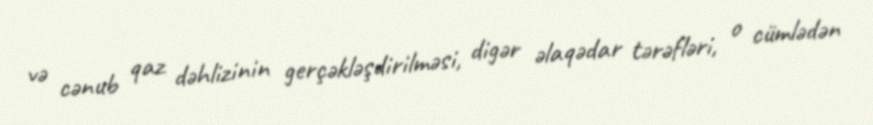
və cənub qaz dəhlizinin gerçəkləşdirilməsi, digər əlaqədar tərəfləri, o cümlədən